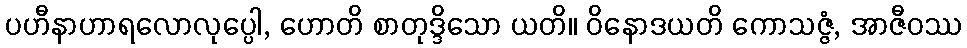
ပဟီနာဟာရလောလုပ္ပေါ, ဟောတိ စာတုဒ္ဒိသော ယတိ။ ဝိနောဒယတိ ကောသဇ္ဇံ, အာဇီဝဿ